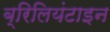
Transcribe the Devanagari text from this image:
ब्रिलियंटाइन